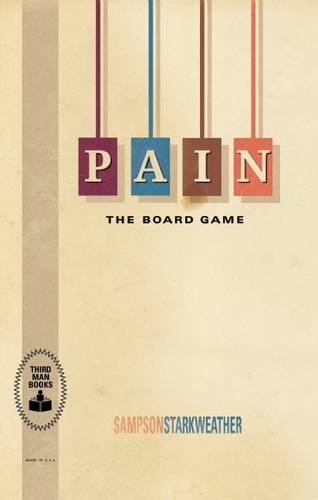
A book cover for PAIN: The Board Game; Sampson Starkweather; Humor & Entertainment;